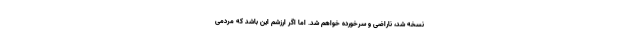
نسخه شد، ناراضی و سرخورده خواهم شد. اما اگر ارزشم این باشد که مردمی